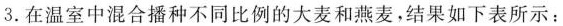
3.在温室中混合播种不同比例的大麦和燕麦，结果如下表所示：